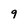
Character: 9